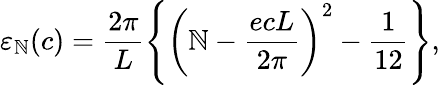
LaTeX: {\varepsilon}_{\mathbb{N}}(c)=\frac{{2\pi}}{{L}}\left\{ \left(\mathbb{N}-\frac{{ecL}}{{2\pi}}\right)^{2}-\frac{{1}}{{12}}\right\} ,